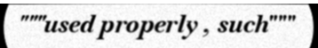
"""used properly , such"""